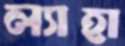
ল্যাহা